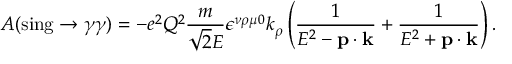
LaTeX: A ( \mathrm { s i n g } \rightarrow \gamma \gamma ) = - e ^ { 2 } Q ^ { 2 } { \frac { m } { \sqrt { 2 } E } } \epsilon ^ { \nu \rho \mu 0 } k _ { \rho } \left( { \frac { 1 } { E ^ { 2 } - { \bf p } \cdot { \bf k } } } + { \frac { 1 } { E ^ { 2 } + { \bf p } \cdot { \bf k } } } \right) .